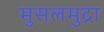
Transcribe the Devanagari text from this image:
मुसलमुद्रा